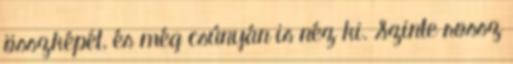
összképét, és még csúnyán is néz ki. Szinte rossz